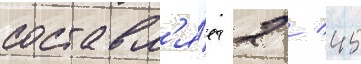
составл'я́ет 2 / 45